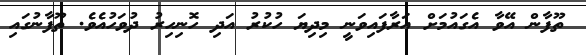
ތޫފާން އޭވާ އެގައުމަށް އަރާފައިވަނީ މިދިޔަ ހުކުރު އަދި ހޮނިހިރު ދުވަހުއެވެ. ތޫފާނުގައި